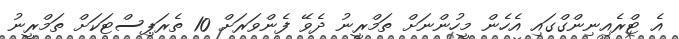
އެ ޓްރެއިނިންގްގައި އެހެން މީހުންނަށް ތަމްރީނު ދެވޭ ފެންވަރަށް 10 ތެރަޕިސްޓަކަށް ތަމްރީނު